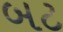
બટ